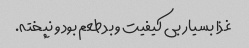
غذا بسیار بی کیفیت و بد طعم بود و نپخته.